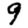
Digit: 9